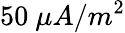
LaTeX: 50~\mu A/m^{2}